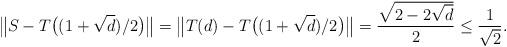
LaTeX: \begin{align*}\big\|S-T\big((1+\sqrt{d})/2\big)\big\| = \big\|T(d)-T\big((1+\sqrt{d})/2\big)\big\| = \frac{\sqrt{2-2 \sqrt{d}}}{2} \leq \frac{1}{\sqrt{2}}.\end{align*}